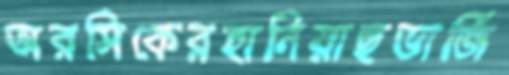
অরসিকেরহানিয়াছভার্জি